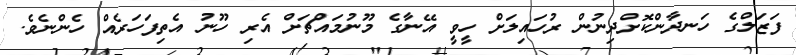
ފަޒަލްގެ ހަނދާންކޮށްދިނުން ރުހައިލަށް ހީވީ އޭނާގެ މޫނުމައްޗަށް އެރި ހޫނު އެތިފަހަރެއް ހެންނެވެ.